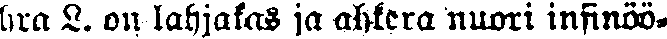
hra L. on lahjakas ja ahkera nuori insinöö-